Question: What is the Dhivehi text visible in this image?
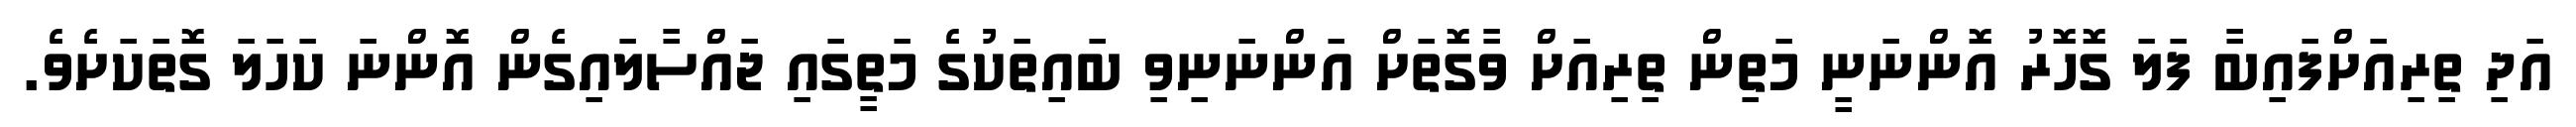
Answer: އަދި ތިރިއަށްފައިބާ ފަލަ ގޮހޮރު އޮންނަނީ މަތިން ތިރިއަށް ވާގޮތަށް އަންނަނިވި ބައިތަކުގެ މަތީގައި ޖައްސާލައިގެން އޮންނަ ކަހަލަ ގޮތަކަށެވެ.